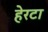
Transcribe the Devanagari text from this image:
हेरटा